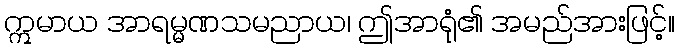
ဣမာယ အာရမ္မဏသမညာယ၊ ဤအာရုံ၏ အမည်အားဖြင့်။